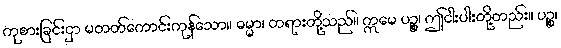
ကုစားခြင်းငှာ မတတ်ကောင်းကုန်သော။ ဓမ္မာ၊ တရားတို့သည်။ ဣမေ ပဉ္စ၊ ဤငါးပါးတို့တည်း။ ပဉ္စ၊